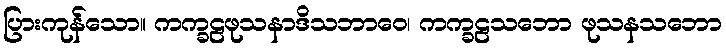
ပြားကုန်သော။ ကက္ခဠဖုသနာဒိသဘာဝေ၊ ကက္ခဠသဘော ဖုသနသဘော